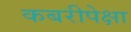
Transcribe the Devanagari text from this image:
कबरीपेक्षा